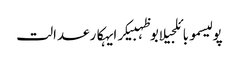
پولیسموبائلجیلابوظہبیکرایہکارعدالت